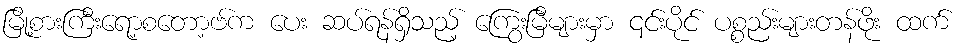
မြို့စားကြီးရော့စတော့ဗ်က ပေး ဆပ်ရန်ရှိသည့် ကြွေးမြီများမှာ ၎င်းပိုင် ပစ္စည်းများတန်ဖိုး ထက်